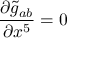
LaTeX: { \frac { \partial { \widetilde { g } } _ { a b } } { \partial x ^ { 5 } } } = 0